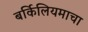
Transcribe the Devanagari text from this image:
बर्किलियमाचा